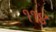
૧૧૪